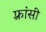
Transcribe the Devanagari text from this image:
फ़्रांसी